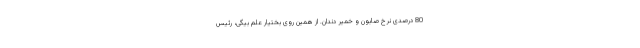
80 درصدی نرخ صابون و خمیر دندان. از همین روی بختیار علم بیگی، رئیس